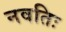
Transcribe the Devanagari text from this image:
नवतिः